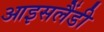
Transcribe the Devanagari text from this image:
आइसलैंडी